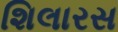
શિલારસ